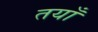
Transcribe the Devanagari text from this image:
तयाँ